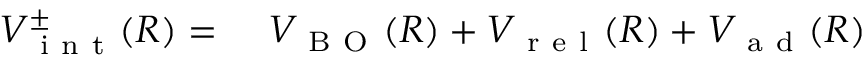
\begin{array} { r l } { V _ { \mathrm { ~ i ~ n ~ t ~ } } ^ { \pm } ( R ) = \ } & { { } V _ { \mathrm { ~ B ~ O ~ } } ( R ) + V _ { \mathrm { ~ r ~ e ~ l ~ } } ( R ) + V _ { \mathrm { ~ a ~ d ~ } } ( R ) } \end{array}